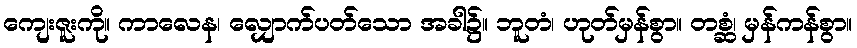
ကျေးဇူးကို။ ကာလေန၊ လျှောက်ပတ်သော အခါ၌။ ဘူတံ၊ ဟုတ်မှန်စွာ။ တစ္ဆံ၊ မှန်ကန်စွာ။